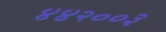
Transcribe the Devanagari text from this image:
४४२००३